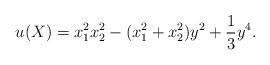
LaTeX: \begin{align*}u(X) = x_1^2x_2^2 - (x_1^2 + x_2^2)y^2 + \frac{1}{3}y^4.\end{align*}